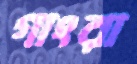
গাংরা